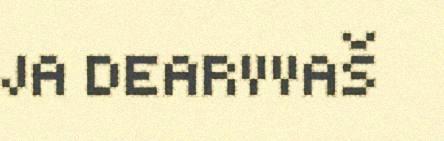
JA DEARVVAŠ